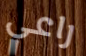
راعي